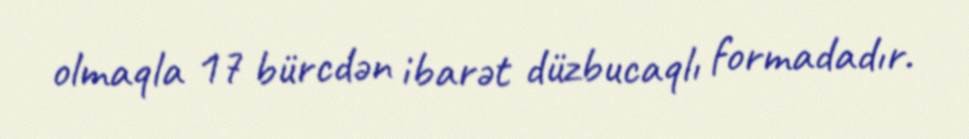
olmaqla 17 bürcdən ibarət düzbucaqlı formadadır.